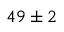
4 9 \pm 2